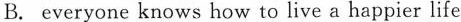
B. everyone knows how to live a happier life